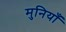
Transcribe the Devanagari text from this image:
मुनियाँ